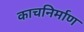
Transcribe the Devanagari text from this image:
काचनिर्माण